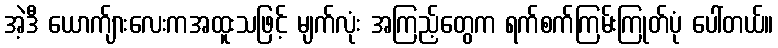
အဲ့ဒီ ယောက်ျားလေးကအထူးသဖြင့် မျက်လုံး အကြည့်တွေက ရက်စက်ကြမ်းကြုတ်ပုံ ပေါ်တယ်။